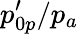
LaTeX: {p_{0p}^{\prime}}/p_{a}